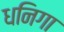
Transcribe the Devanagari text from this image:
धनिगा